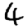
Digit: 4